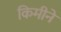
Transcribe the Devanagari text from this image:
किमीने